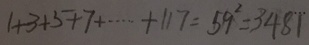
1 + 3 + 5 + 7 + \cdots + 1 1 7 = 5 9 ^ { 2 } = 3 4 8 1